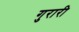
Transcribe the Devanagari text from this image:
गुरारी